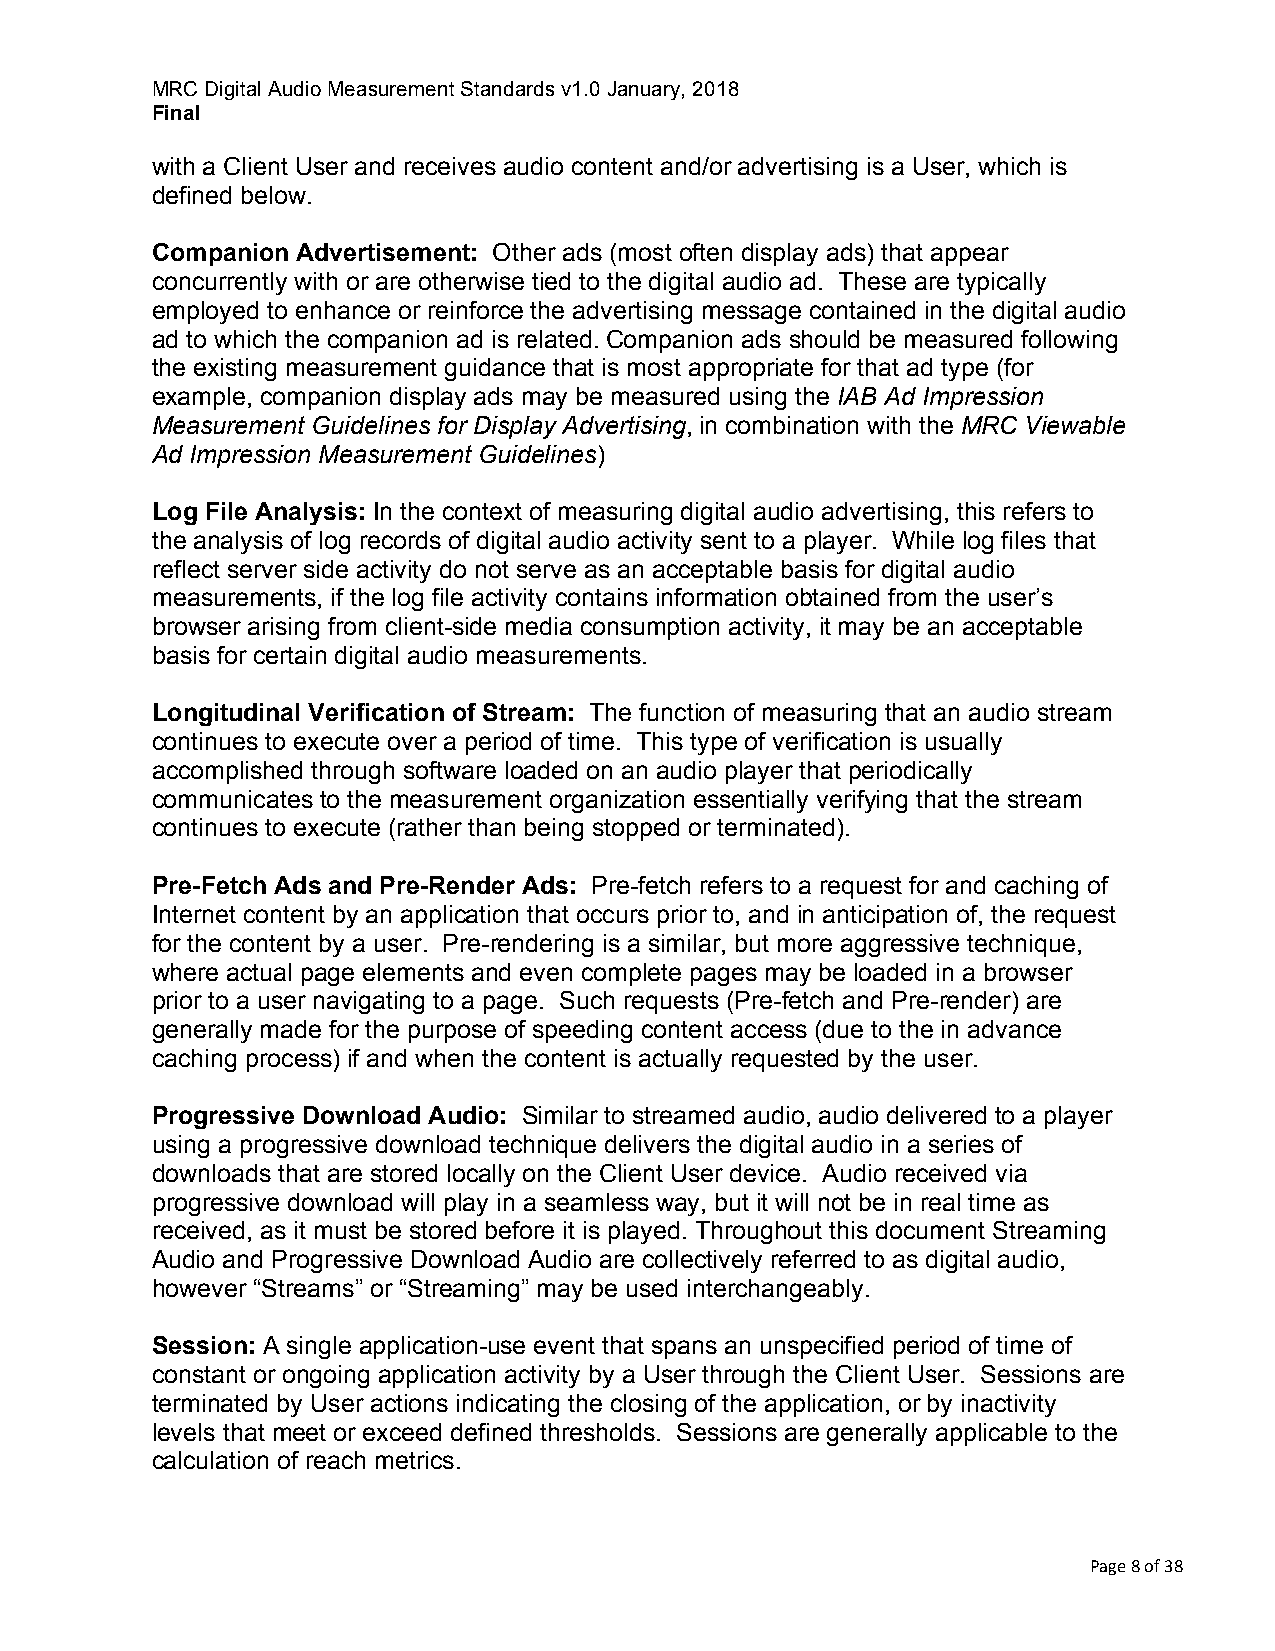
MRC Digital Audio Measurement Standards v1.0 January, 2018
 Final
 with a Client User and receives audio content and/or advertising is a User, which is
 defined below.
 Companion Advertisement: Other ads (most often display ads) that appear
 concurrently with or are otherwise tied to the digital audio ad. These are typically
 employed to enhance or reinforce the advertising message contained in the digital audio
 ad to which the companion ad is related. Companion ads should be measured following
 the existing measurement guidance that is most appropriate for that ad type (for
 example, companion display ads may be measured using the IAB Ad Impression
 Measurement Guidelines for Display Advertising, in combination with the MRC Viewable
 Ad Impression Measurement Guidelines)
 Log File Analysis: In the context of measuring digital audio advertising, this refers to
 the analysis of log records of digital audio activity sent to a player. While log files that
 reflect server side activity do not serve as an acceptable basis for digital audio
 measurements, if the log file activity contains information obtained from the user’s
 browser arising from client-side media consumption activity, it may be an acceptable
 basis for certain digital audio measurements.
 Longitudinal Verification of Stream: The function of measuring that an audio stream
 continues to execute over a period of time. This type of verification is usually
 accomplished through software loaded on an audio player that periodically
 communicates to the measurement organization essentially verifying that the stream
 continues to execute (rather than being stopped or terminated).
 Pre-Fetch Ads and Pre-Render Ads: Pre-fetch refers to a request for and caching of
 Internet content by an application that occurs prior to, and in anticipation of, the request
 for the content by a user. Pre-rendering is a similar, but more aggressive technique,
 where actual page elements and even complete pages may be loaded in a browser
 prior to a user navigating to a page. Such requests (Pre-fetch and Pre-render) are
 generally made for the purpose of speeding content access (due to the in advance
 caching process) if and when the content is actually requested by the user.
 Progressive Download Audio: Similar to streamed audio, audio delivered to a player
 using a progressive download technique delivers the digital audio in a series of
 downloads that are stored locally on the Client User device. Audio received via
 progressive download will play in a seamless way, but it will not be in real time as
 received, as it must be stored before it is played. Throughout this document Streaming
 Audio and Progressive Download Audio are collectively referred to as digital audio,
 however “Streams” or “Streaming” may be used interchangeably.
 Session: A single application-use event that spans an unspecified period of time of
 constant or ongoing application activity by a User through the Client User. Sessions are
 terminated by User actions indicating the closing of the application, or by inactivity
 levels that meet or exceed defined thresholds. Sessions are generally applicable to the
 calculation of reach metrics.
 Page 8 of 38